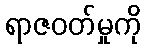
ရာဇဝတ်မှုကို